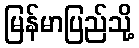
မြန်မာပြည်သို့